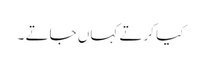
کیا کرتے کہاں جاتے ۔